Vaccination Hyderabad 1872-1889 - 1872-1889
Year: 1872
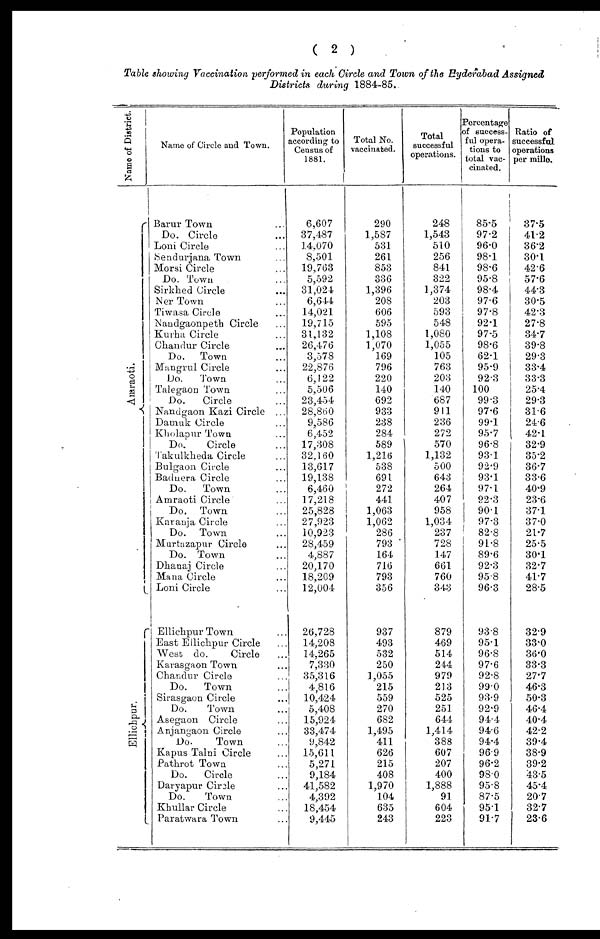
( 2 )
Table showing Vaccination performed in each Circle and Town of the Hyderabad Assigned
Districts during 1884-85.
Name of District.
Amraoti.
Ellichpur.
Name of Circle and Town.
Barur Town ...
Do. Circle ...
Loni Circle ...
Sendurjana Town ...
Morsi Circle ...
Do. Town ...
Sirkhed Circle ...
Ner Town ...
Tiwasa Circle ...
Nandgaonpeth Circle ...
Kurha Circle ...
Chandur Circle ...
Do. Town ...
Mangrul Circle ...
Do.
Town ...
Talegaon Town ...
Do.
Circle ...
Nandgaon Kazi Circle ...
Damuk Circle ...
Kholapur Town ...
Do.
Circle ...
Takulkheda Circle ...
Bulgaon Circle ...
Badnera Circle ...
Do.
Town ...
Amraoti Circle ...
Do. Town ...
Karanja Circle ...
Do. Town ...
Murtazapur Circle ...
Do. Town ...
Dhanaj Circle ...
Mana Circle ...
Loni Circle ...
Ellichpur Town ...
East Ellichpur Circle ...
West do.
Circle ...
Karasgaon Town ...
Chandur Circle ...
Do.
Town ...
Sirasgaon Circle ...
Do.
Town ...
Asegaon Circle ...
Anjangaon Circle ...
Do.
Town ...
Kapus Talni Circle ...
Pathrot Town ...
Do.
Circle ...
Daryapur Circle ...
Do.
Town ...
Khullar Circle ...
Paratwara Town ...
Population
according to
Census of
1881.
6,607
37,487
14,070
8,501
19,763
5,592
31,024
6,644
14,021
19,715
31,132
26,476
3,578
22,876
6,122
5,506
23,454
28,860
9,586
6,452
17,308
32,160
13,617
19,138
6,460
17,218
25,828
27,923
10,923
28,459
4,887
20,170
18,209
12,004
26,728
14,208
14,265
7,330
35,316
4,816
10,424
5,408
15,924
33,474
9,842
15,611
5,271
9,184
41,582
4,392
18,454
9,445
Total No.
vaccinated.
290
1,587
531
261
853
336
1,396
208
606
595
1,108
1,070
169
796
220
140
692
933
238
284
589
1,216
538
691
272
441
1,063
1,062
286
793
164
716
793
356
937
493
532
250
1,055
215
559
270
682
1,495
411
626
215
408
1,970
104
635
243
Total
successful
operations.
248
1,543
510
256
841
322
1,374
203
593
548
1,080
1,055
105
763
203
140
687
911
236
272
570
1,132
500
643
264
407
958
1,034
237
728
147
661
760
343
879
469
514
244
979
213
525
251
644
1,414
388
607
207
400
1,888
91
604
223
Percentage
of success-
ful opera-
tions to
total vac-
cinated.
85.5
97.2
96.0
98.1
98.6
95.8
98.4
97.6
97.8
92.1
97.5
98.6
62.1
95.9
92.3
100
99.3
97.6
99.1
95.7
96.8
93.1
92.9
93.1
97.1
92.3
90.1
97.3
82.8
91.8
89.6
92.3
95.8
96.3
93.8
95.1
96.8
97.6
92.8
99.0
93.9
92.9
94.4
94.6
94.4
96.9
96.2
98.0
95.8
87.5
95.1
91.7
Ratio of
successful
operations
per mille.
37.5
41.2
36.2
30.1
42.6
57.6
44.3
30.5
42.3
27.8
34.7
39.8
29.3
33.4
33.3
25.4
29.3
31.6
24.6
42.1
32.9
35.2
36.7
33.6
40.9
23.6
37.1
37.0
21.7
25.5
30.1
32.7
41.7
28.5
32.9
33.0
36.0
33.3
27.7
46.3
50.3
46.4
40.4
42.2
39.4
38.9
39.2
43.5
45.4
20.7
32.7
23.6